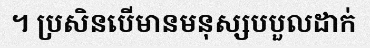
។ ប្រសិនបើមានមនុស្សបបួលដាក់